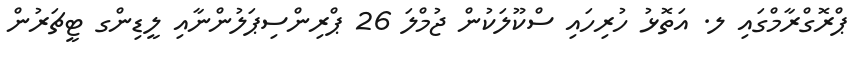
ޕްރޮގްރާމްގައި ލ. އަތޮޅު ހުރިހައި ސްކޫލަކުން ޖުމްލަ 26 ޕްރިންސިޕަލުންނާއި ލީޑިންގ ޓީޗަރުން